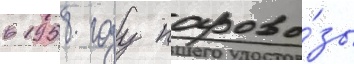
в 1958 году парово́зы